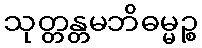
သုတ္တန္တမဘိဓမ္မဉ္စ